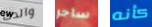
والدك ساحر كأنه